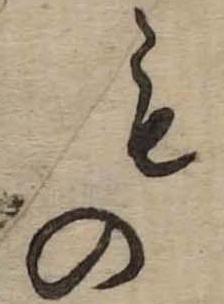
もの